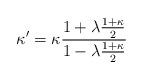
LaTeX: \begin{align*}\kappa ^{\prime }=\kappa \frac{1+\lambda \frac{1+\kappa}{2}}{1-\lambda \frac{1+\kappa}{2}}\end{align*}